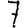
Digit: 7